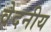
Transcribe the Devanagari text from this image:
वेदनीय